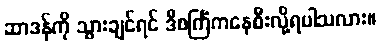
ဆာဒန်ကို သွားချင်ရင် ဒီစင်္ကြံကနေစီးလို့ရပါသလား။